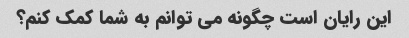
این رایان است چگونه می توانم به شما کمک کنم؟